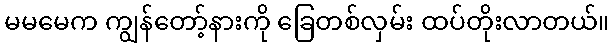
မမမေက ကျွန်တော့်နားကို ခြေတစ်လှမ်း ထပ်တိုးလာတယ်။